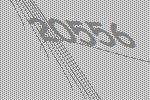
20556